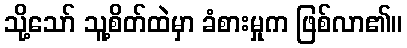
သို့သော် သူ့စိတ်ထဲမှာ ခံစားမှုက ဖြစ်လာ၏။